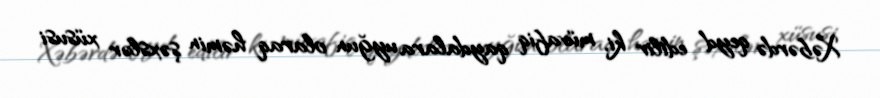
Xəbərdə qeyd edilir ki, müvafiq qaydalara uyğun olaraq həmin şəxslər xüsusi